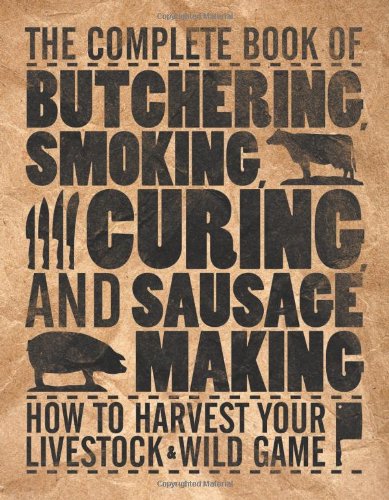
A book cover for The Complete Book of Butchering, Smoking, Curing, and Sausage Making: How to Harvest Your Livestock & Wild Game (Complete Meat); Philip Hasheider; Cookbooks, Food & Wine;